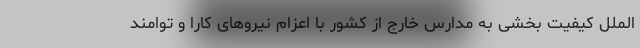
الملل کیفیت بخشی به مدارس خارج از کشور با اعزام نیروهای کارا و توامند